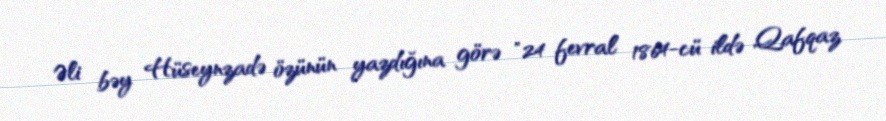
Əli bəy Hüseynzadə özünün yazdığına görə "24 fevral 1864-cü ildə Qafqaz